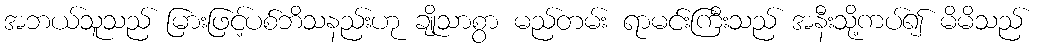
အဘယ်သူသည် မြားဖြင့်ပစ်ဘိသနည်းဟု ချိုသာစွာ မည်တမ်း ရာမင်းကြီးသည် အနီးသို့ကပ်၍ မိမိသည်